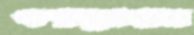
এগারোগ্রাম